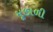
મૂછાળી